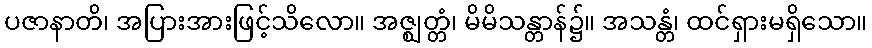
ပဇာနာတိ၊ အပြားအားဖြင့်သိလော။ အဇ္ဈတ္တံ၊ မိမိသန္တာန်၌။ အသန္တံ၊ ထင်ရှားမရှိသော။